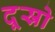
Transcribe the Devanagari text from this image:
दूस्रो